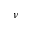
\nu